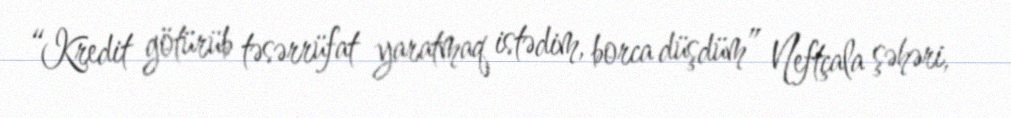
“Kredit götürüb təsərrüfat yaratmaq istədim, borca düşdüm” Neftçala şəhəri,